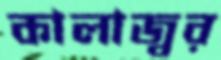
কালাজ্বর